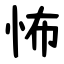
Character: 怖